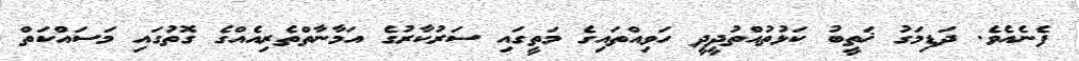
ފެނެއެވެ. ދަޑިމަގު ޚަތީބު ކަޅުތުއްތުދީދީ ހަވިއްތައިގެ މަތީގައި ސަރުކާރުގެ އަމާނާތްތެރިއެއްގެ ގޮތުގައި މަސައްކަތް